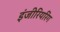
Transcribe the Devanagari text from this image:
इंजीरियरिंग